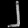
Digit: ၂